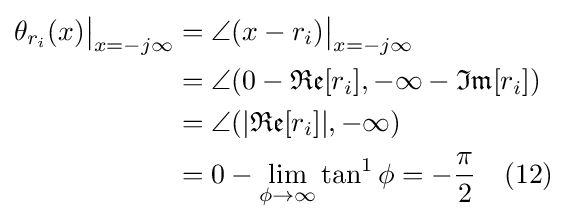
{\begin{aligned}\theta _{r_{i}}(x){\big |}_{x=-j\infty }&=\angle (x-r_{i}){\big |}_{x=-j\infty }\\&=\angle (0-{\mathfrak {Re}}[r_{i}],-\infty -{\mathfrak {Im}}[r_{i}])\\&=\angle (|{\mathfrak {Re}}[r_{i}]|,-\infty )\\&=0-\lim _{\phi \to \infty }\tan ^{1}\phi =-{\frac {\pi }{2}}\quad (12)\\\end{aligned}}